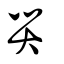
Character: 舁